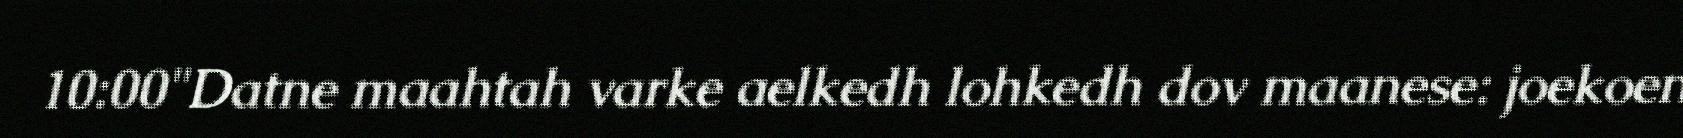
10:00"Datne maahtah varke aelkedh lohkedh dov maanese: joekoen